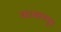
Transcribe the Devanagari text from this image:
बांधकामसुरु